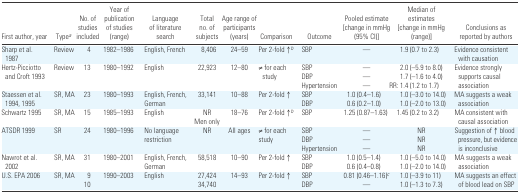
<table><thead><tr><td><b>First author, year</b></td><td><b>Typea</b></td><td><b>No. of studies included</b></td><td><b>Year of publication of studies (range)</b></td><td><b>Language of literature search</b></td><td><b>Total no. of subjects</b></td><td><b>Age range of participants (years)</b></td><td><b>Comparison</b></td><td><b>Outcome</b></td><td><b>Pooled estimate [change in mmHg (95% CI)]</b></td><td><b>Median of estimates [change in mmHg (range)]</b></td><td><b>Conclusions as reported by authors</b></td></tr></thead><tbody><tr><td>Sharp et al. 1987</td><td>Review</td><td>4</td><td>1982–1986</td><td>English, French</td><td>8,406</td><td>24–59</td><td>Per 2-fold ↑b</td><td>SBP</td><td>—</td><td>1.9 (0.7 to 2.3)</td><td>Evidence consistent with causation</td></tr><tr><td>Hertz-Picciotto and Croft 1993</td><td>Review</td><td>13</td><td>1980–1992</td><td>English</td><td>22,923</td><td>12–80</td><td>≠ for each study</td><td>SBPDBPHypertension</td><td>———</td><td>2.0 (−5.9 to 8.0)1.7 (−1.6 to 4.0)RR: 1.4 (1.2 to 1.7)</td><td>Evidence strongly supports causal association</td></tr><tr><td>Staessen et al. 1994, 1995</td><td>SR, MA</td><td>23</td><td>1980–1993</td><td>English, French, German</td><td>33,141</td><td>10–88</td><td>Per 2-fold ↑</td><td>SBPDBP</td><td>1.0 (0.4–1.6)0.6 (0.2–1.0)</td><td>1.0 (−3.0 to 14.0)1.0 (−2.0 to 13.0)</td><td>MA suggests a weak association</td></tr><tr><td>Schwartz 1995</td><td>SR, MA</td><td>15</td><td>1985–1993</td><td>English</td><td>NRMen only</td><td>18–76</td><td>Per 2-fold ↑b</td><td>SBP</td><td>1.25 (0.87–1.63)</td><td>1.45 (0.2 to 3.2)</td><td>MA consistent with causal association</td></tr><tr><td>ATSDR 1999</td><td>SR</td><td>24</td><td>1980–1996</td><td>No language restriction</td><td>NR</td><td>All ages</td><td>≠ for each study</td><td>SBPDBPHypertension</td><td>———</td><td>NRNRNR</td><td>Suggestion of ↑ blood pressure, but evidence is inconclusive</td></tr><tr><td>Nawrot et al. 2002</td><td>SR, MA</td><td>31</td><td>1980–2001</td><td>English, French, German</td><td>58,518</td><td>10–90</td><td>Per 2-fold ↑</td><td>SBPDBP</td><td>1.0 (0.5–1.4)0.6 (0.4–0.8)</td><td>1.0 (−5.0 to 14.0)1.0 (−2.0 to 14.0)</td><td>MA suggests a weak association</td></tr><tr><td>U.S. EPA 2006</td><td>SR, MA</td><td>910</td><td>1990–2003</td><td>English</td><td>27,42434,740</td><td>14–93</td><td>Per 2-fold ↑</td><td>SBPDBP</td><td>0.81 (0.46–1.16)c—</td><td>1.0 (−3.9 to 11)1.0 (−1.3 to 7.3)</td><td>MA suggests an effect of blood lead on SBP</td></tr></tbody></table>